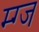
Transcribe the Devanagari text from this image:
म्ग्ज